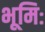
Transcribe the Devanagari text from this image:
भूमिः